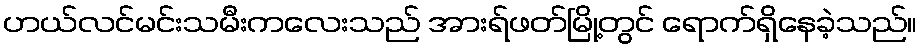
ဟယ်လင်မင်းသမီးကလေးသည် အားရ်ဖတ်မြို့တွင် ရောက်ရှိနေခဲ့သည်။